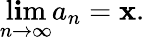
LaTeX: \operatorname*{l\mathbf{i}m}_{n\to\infty}a_{n}=\mathbf{x}.